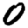
Digit: 0